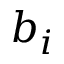
b _ { i }